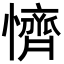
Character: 懠